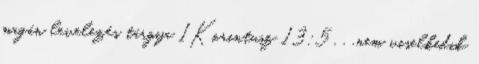
magán levelezés tárgya 1Korintusz 13:5 . . .nem viselkedik